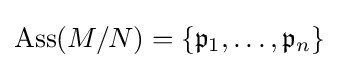
\operatorname {Ass} (M/N)=\{{\mathfrak {p}}_{1},\dots ,{\mathfrak {p}}_{n}\}